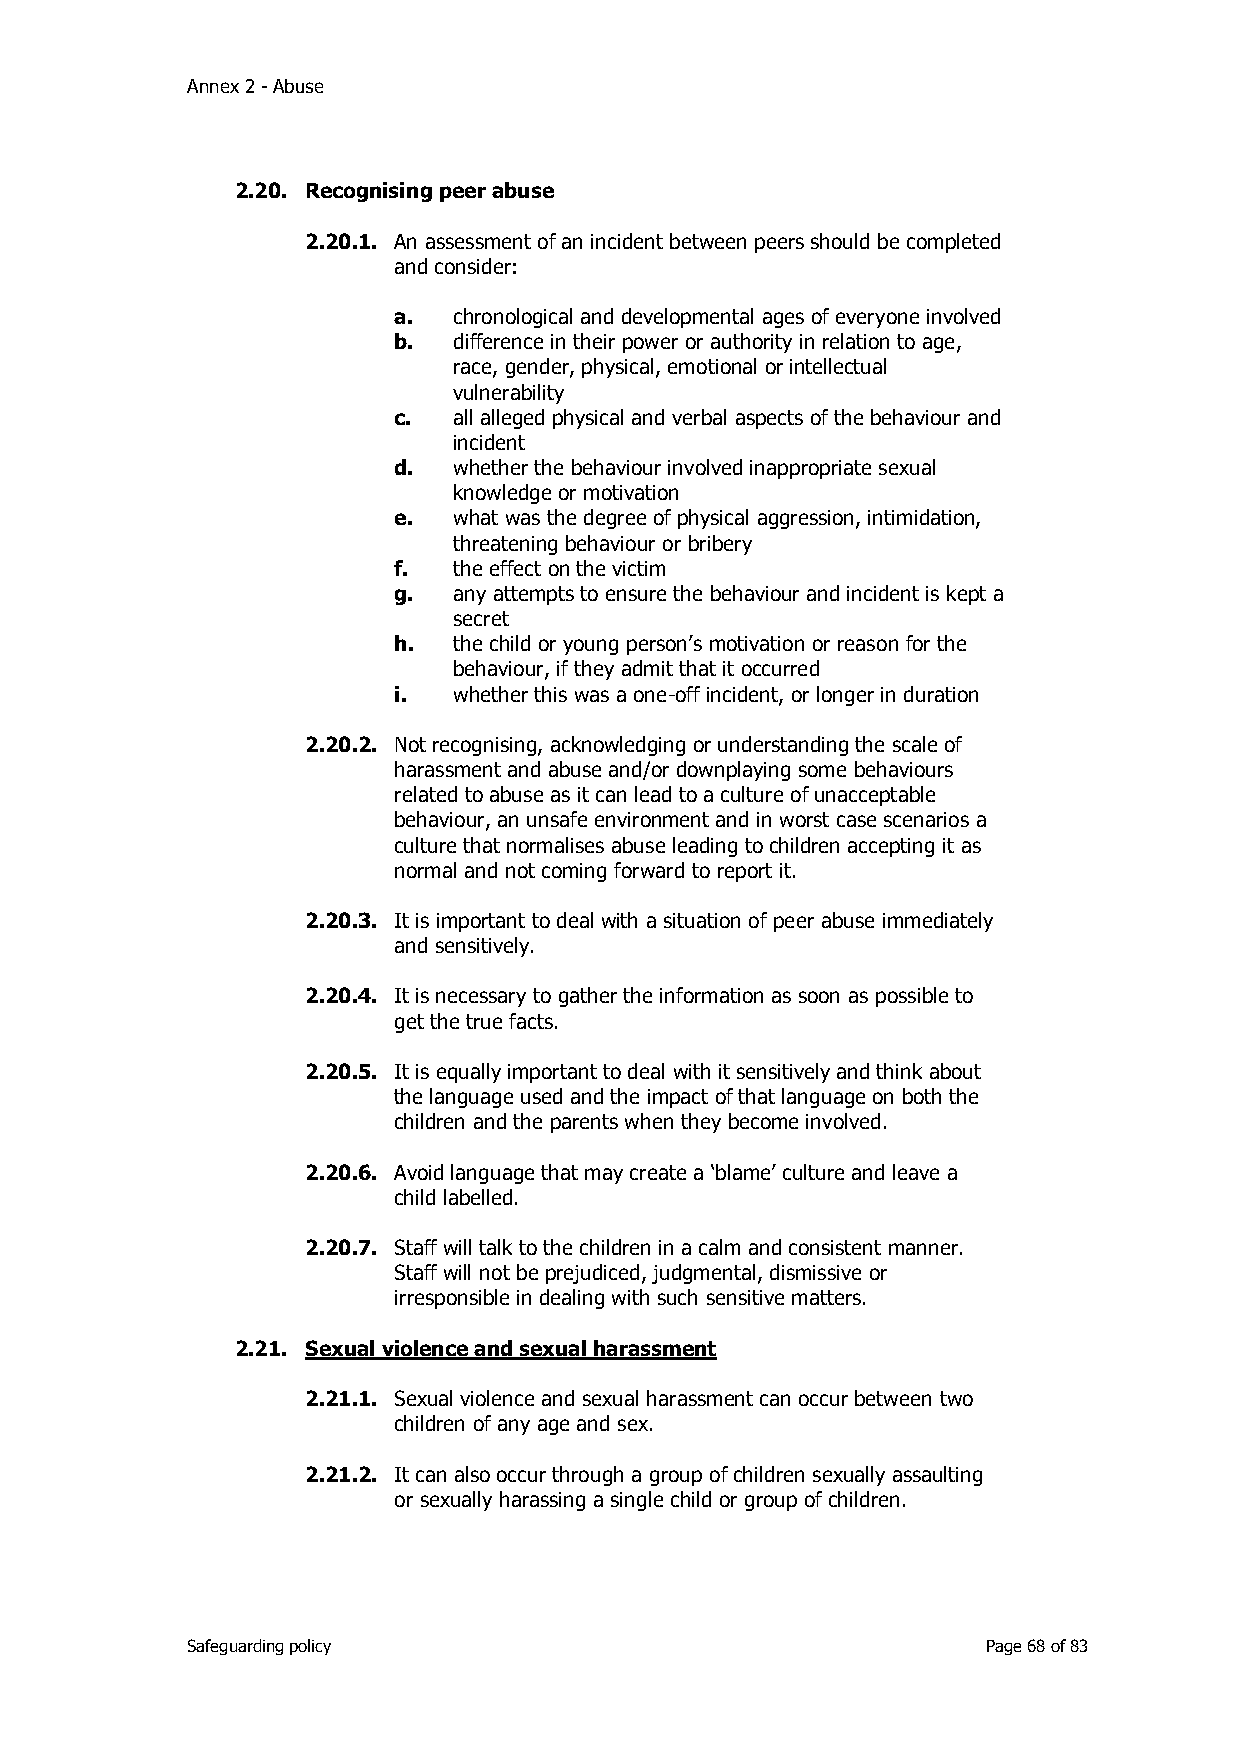
Annex 2 - Abuse
 2.20. Recognising peer abuse
 2.20.1. An assessment of an incident between peers should be completed
 and consider:
 a.  chronological and developmental ages of everyone involved
 b.  difference in their power or authority in relation to age,
 race, gender, physical, emotional or intellectual
 vulnerability
 c.  all alleged physical and verbal aspects of the behaviour and
 incident
 d.  whether the behaviour involved inappropriate sexual
 knowledge or motivation
 e.  what was the degree of physical aggression, intimidation,
 threatening behaviour or bribery
 f.  the effect on the victim
 g.  any attempts to ensure the behaviour and incident is kept a
 secret
 h.  the child or young person’s motivation or reason for the
 behaviour, if they admit that it occurred
 i.  whether this was a one-off incident, or longer in duration
 2.20.2. Not recognising, acknowledging or understanding the scale of
 harassment and abuse and/or downplaying some behaviours
 related to abuse as it can lead to a culture of unacceptable
 behaviour, an unsafe environment and in worst case scenarios a
 culture that normalises abuse leading to children accepting it as
 normal and not coming forward to report it.
 2.20.3. It is important to deal with a situation of peer abuse immediately
 and sensitively.
 2.20.4. It is necessary to gather the information as soon as possible to
 get the true facts.
 2.20.5. It is equally important to deal with it sensitively and think about
 the language used and the impact of that language on both the
 children and the parents when they become involved.
 2.20.6. Avoid language that may create a ‘blame’ culture and leave a
 child labelled.
 2.20.7. Staff will talk to the children in a calm and consistent manner.
 Staff will not be prejudiced, judgmental, dismissive or
 irresponsible in dealing with such sensitive matters.
 2.21. Sexual violence and sexual harassment
 2.21.1. Sexual violence and sexual harassment can occur between two
 children of any age and sex.
 2.21.2. It can also occur through a group of children sexually assaulting
 or sexually harassing a single child or group of children.
 Safeguarding policy                                  Page 68 of 83